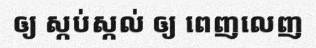
ឲ្យ ស្កប់ស្កល់ ឲ្យ ពេញលេញ